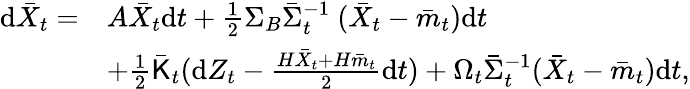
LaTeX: \begin{array}{rl}{\mathrm{d}\bar{X}_{t}=}&{A\bar{X}_{t}\mathrm{d}t+\frac{1}{2}\Sigma_{B}\bar{\Sigma}_{t}^{-1}\ (\bar{X}_{t}-\bar{m}_{t})\mathrm{d}t}\\ &{+\frac{1}{2}\bar{\sf K}_{t}(\mathrm{d}Z_{t}-\frac{H\bar{X}_{t}+H\bar{m}_{t}}{2}\mathrm{d}t)+\Omega_{t}\bar{\Sigma}_{t}^{-1}(\bar{X}_{t}-\bar{m}_{t})\mathrm{d}t,}\end{array}